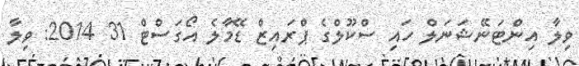
ވިލާ އިންޓަނޭޝަނަލް ހައި ސްކޫލްގެ ޕްރައިޒް ޑޭމާލެ އޯގަސްޓް 31 2014: ވިލާ